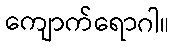
ကျောက်ရောဂါ။